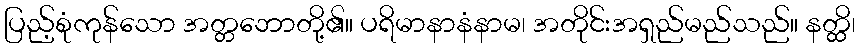
ပြည့်စုံကုန်သော အတ္တဘောတို့၏။ ပရိမာနာနံနာမ၊ အတိုင်းအရှည်မည်သည်။ နတ္ထိ၊